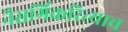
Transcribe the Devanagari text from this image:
नैसर्गिकरित्याच